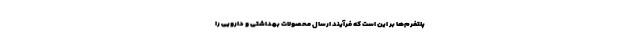
پلتفرم‌ها بر این است که فرآیند ارسال محصولات بهداشتی و دارویی را